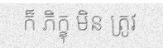
ក៏ ភិក្ខុ មិន ត្រូវ